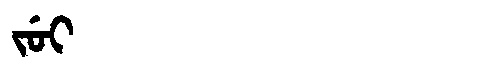
Manchu: ᠵᡠᡳ
Romanization: JUI